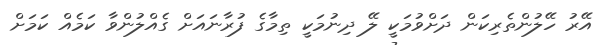
އޭރު ހޭލުންތެރިކަން ދަށްވުމަކީ ލޭ ދިނުމަކީ ތިމާގެ ފުރާނައަށް ގެއްލުންވާ ކަމެއް ކަމަށް